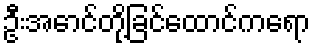
ဦးအောင်တို့ခြင်ထောင်ကရော